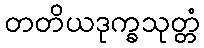
တတိယဒုက္ခသုတ္တံ